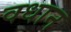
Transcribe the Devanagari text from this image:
वधान